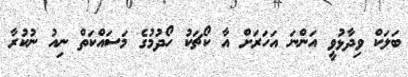
ބަލަކް ވިދާޅުވީ އަންނަ އަހަރަށް އާ ކޯޗަކު ހޯދުމުގެ މަސައްކަތް ނިއު ނުކުރާ